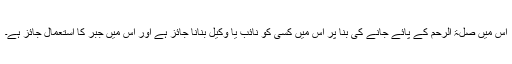
اس میں صلۃ الرحم کے پائے جانے کی بنا پر اس میں کسی کو نائب یا وکیل بنانا جائز ہے اور اس میں جبر کا استعمال جائز ہے۔